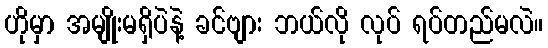
ဟိုမှာ အမျိုးမရှိပဲနဲ့ ခင်ဗျား ဘယ်လို လုပ် ရပ်တည်မလဲ။